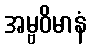
အမ္ဗဝိမာနံ